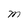
Character: M